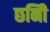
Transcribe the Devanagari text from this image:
छनिी